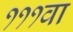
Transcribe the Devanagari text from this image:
१११वा